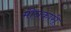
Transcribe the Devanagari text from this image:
मीनकारी